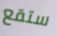
ستقع